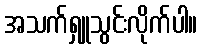
အသက်ရှူသွင်းလိုက်ပါ။